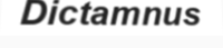
Dictamnus